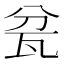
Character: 瓫